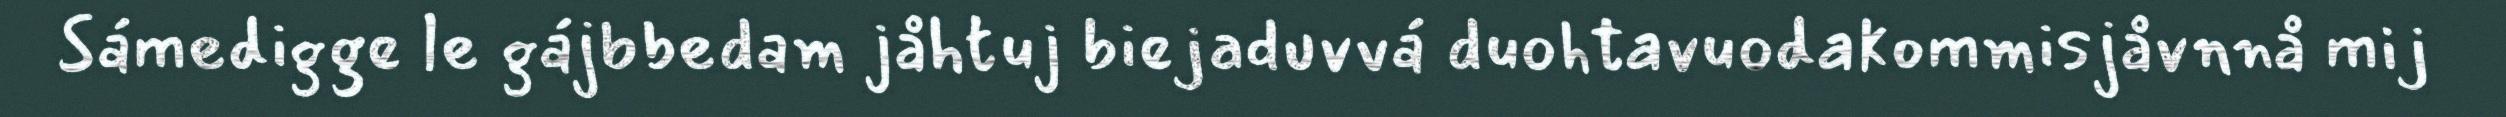
Sámedigge le gájbbedam jåhtuj biejaduvvá duohtavuodakommisjåvnnå mij